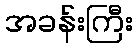
အခန်းကြီး